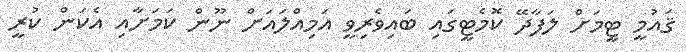
ޤައުމީ ޓީމަށް ލަފާދޭ ކޮމެޓީގައި ބައިވެރިވީ އަމިއްލައަށް ނޫން ކަމަށާއި އެކަން ކުރީ